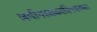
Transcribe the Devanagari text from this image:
जमीनहक्काविषयकचा